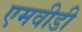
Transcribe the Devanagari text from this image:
एमवीडी